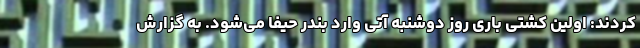
کردند: اولین کشتی باری روز دوشنبه آتی وارد بندر حیفا می‌شود. به گزارش